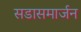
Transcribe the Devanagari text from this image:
सडासमार्जन